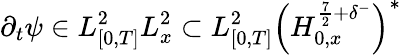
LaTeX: \partial_{t}\psi\in L_{[0,T]}^{2}L_{x}^{2}\subset L_{[0,T]}^{2}\left(H_{0,x}^{\frac{7}{2}+\delta^{-}}\right)^{*}